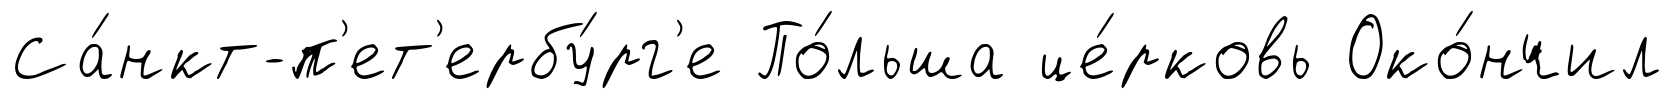
Са́нкт-п'ет'ербу́рг'е По́льша це́рковь Око́нчил